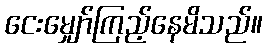
ငေးမျှော်ကြည့်နေမိသည်။